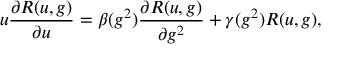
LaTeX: u \frac { \partial R ( u , g ) } { \partial u } = \beta ( g ^ { 2 } ) \frac { \partial R ( u , g ) } { \partial g ^ { 2 } } + \gamma ( g ^ { 2 } ) R ( u , g ) ,